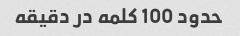
حدود 100 کلمه در دقیقه